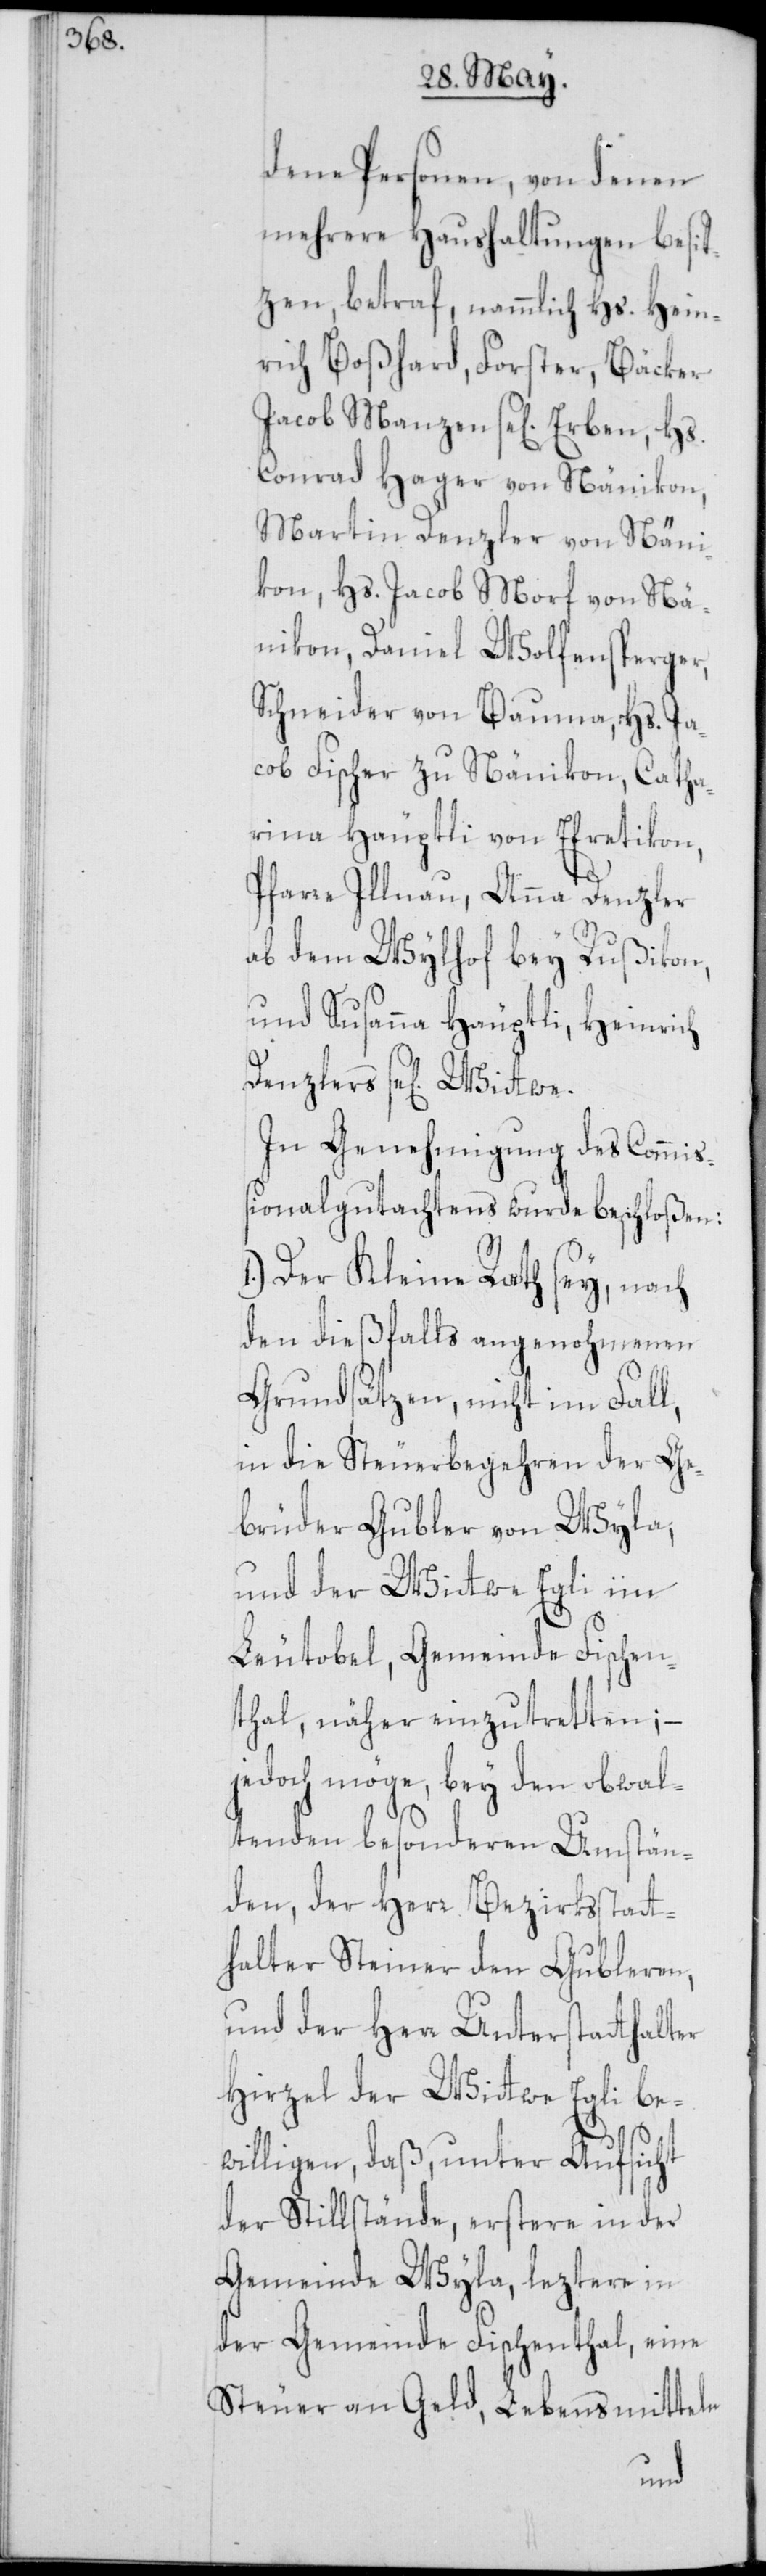
dene Personen, von denen
mehrere Haushaltungen besit¬
zen, betraf, nämmlich Hs. Hein¬
rich Boßhard, Forster, Bäcker
Jacob Manzen se[lig] Erben, Hs.
Conrad Hager von Nänikon,
Martin Denzler von Näni¬
kon, Hs. Jacob Morf von Nä¬
nikon, Daniel Wolfensperger,
Schneider von Bauma, Hs. Ja¬
cob Fischer zu Nänikon, Catha¬
rina Häuptli von Efretikon,
Pfarre Illnau, Anna Denzler,
ab dem Wylhof bey Rußikon,
und Susanna Häuptli, Heinrich
Denzlers se[lig] Wittwe.
In Genehmigung des Commiß¬
ionalgutachtens wurde beschloßen:
1.) Der Kleine Rath sey, nach
den dießfalls angenohmenen
Grundsätzen, nicht im Fall,
in die Steuerbegehren der Ge¬
brüder Gubler von Wyla,
und der Wittwe Egli im
Leutobel, Gemeinde Fischen¬
thal, näher einzutretten; –
jedoch möge, bey den obwal¬
tenden besonderen Umstän¬
den, der Herr Bezirksstatt¬
halter Steiner den Gubleren,
und der Herr Unterstatthalter
Hirzel der Wittwe Egli be¬
willigen, daß, unter Aufsicht
der Stillstände, erstere in der
Gemeinde Wyla, leztere in
der Gemeinde Fischenthal, eine
Steuer an Geld, Lebensmitteln